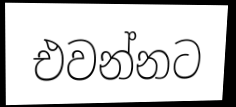
එවන්නට